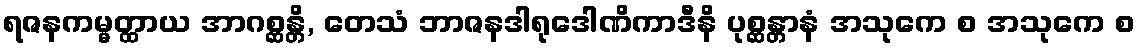
ရဇနကမ္မတ္ထာယ အာဂစ္ဆန္တိ, တေသံ ဘာဇနဒါရုဒေါဏိကာဒီနိ ပုစ္ဆန္တာနံ အသုကေ စ အသုကေ စ